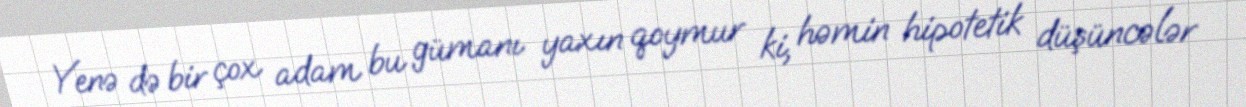
Yenə də bir çox adam bu gümanı yaxın qoymur ki, həmin hipotetik düşüncələr